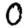
Digit: 0